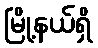
မြို့နယ်ရှိ